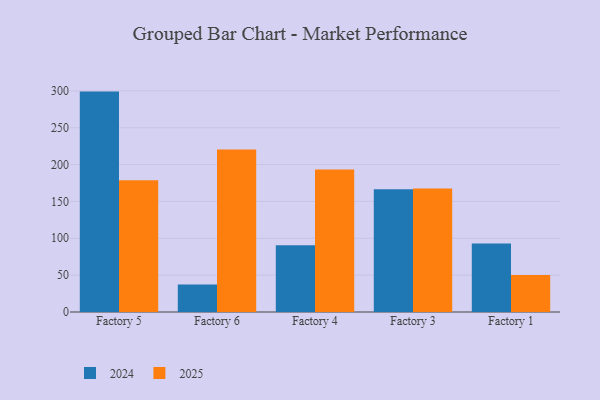
{"axis": {"x": "Factory", "y": "Waste Production (Tons)"}, "legend": ["2024", "2025"], "data": [{"x": "Factory 5", "y": 178.9, "type": "2025"}, {"x": "Factory 5", "y": 299.0, "type": "2024"}, {"x": "Factory 6", "y": 220.4, "type": "2025"}, {"x": "Factory 6", "y": 37.2, "type": "2024"}, {"x": "Factory 4", "y": 193.2, "type": "2025"}, {"x": "Factory 4", "y": 90.5, "type": "2024"}, {"x": "Factory 3", "y": 167.6, "type": "2025"}, {"x": "Factory 3", "y": 166.6, "type": "2024"}, {"x": "Factory 1", "y": 50.3, "type": "2025"}, {"x": "Factory 1", "y": 92.9, "type": "2024"}]}